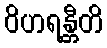
ဝိဟရန္တီတိ